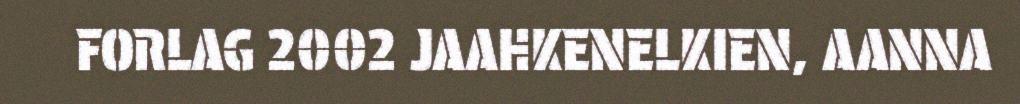
FORLAG 2002 JAAHKENELKIEN, AANNA